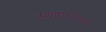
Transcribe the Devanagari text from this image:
स्थापत्त्याच्या